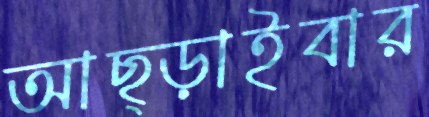
আছ্‌ড়াইবার